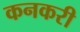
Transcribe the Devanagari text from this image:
कनकरी